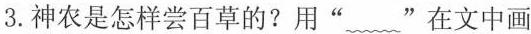
3.神农是怎样尝百草的?用”~”在文中画